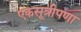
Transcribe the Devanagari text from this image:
एकसूत्रीपणा